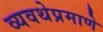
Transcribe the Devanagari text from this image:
व्यवथेप्रमाणे